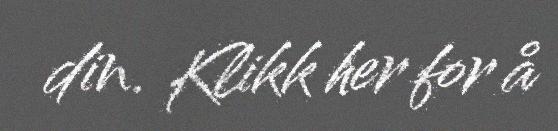
din. Klikk her for å